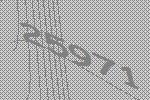
25971